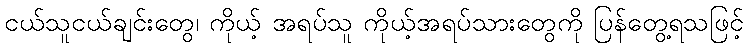
ငယ်သူငယ်ချင်းတွေ၊ ကိုယ့် အရပ်သူ ကိုယ့်အရပ်သားတွေကို ပြန်တွေ့ရသဖြင့်